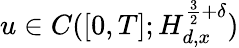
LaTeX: u\in C([0,T];H_{d,x}^{\frac{3}{2}+\delta})